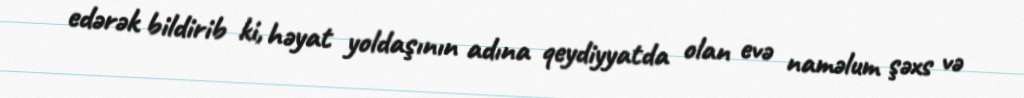
edərək bildirib ki, həyat yoldaşının adına qeydiyyatda olan evə naməlum şəxs və